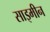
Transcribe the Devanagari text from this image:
साइमीन